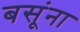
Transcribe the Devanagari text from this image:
बसूंना